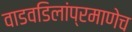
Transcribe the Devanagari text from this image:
वाडवडिलांप्रमाणेच